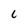
Character: c